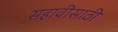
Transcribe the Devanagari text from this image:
सहावीसाठी